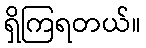
ရှိကြရတယ်။